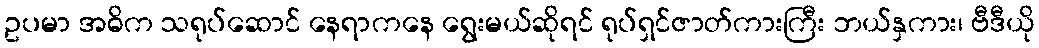
ဥပမာ အဓိက သရုပ်ဆောင် နေရာကနေ ရွေးမယ်ဆိုရင် ရုပ်ရှင်ဇာတ်ကားကြီး ဘယ်နှကား၊ ဗီဒီယို